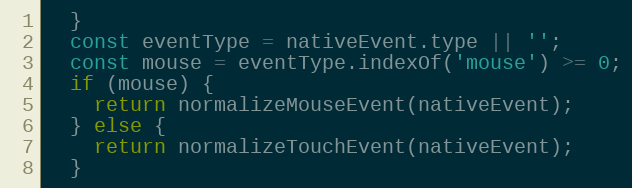
Language: JavaScript
  }
  const eventType = nativeEvent.type || '';
  const mouse = eventType.indexOf('mouse') >= 0;
  if (mouse) {
    return normalizeMouseEvent(nativeEvent);
  } else {
    return normalizeTouchEvent(nativeEvent);
  }